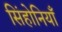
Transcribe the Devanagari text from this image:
सिंहोनियाँ